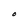
Character: O